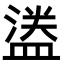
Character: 𬐮